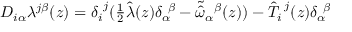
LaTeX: D _ { i \alpha } \lambda ^ { j \beta } ( z ) = \delta _ { i } ^ { ~ j } ( \textstyle { \frac { 1 } { 2 } } \hat { \lambda } ( z ) \delta _ { \alpha } ^ { ~ \beta } - \tilde { \hat { \omega } } _ { \alpha } { } ^ { \beta } ( z ) ) - \hat { T } _ { i } ^ { ~ j } ( z ) \delta _ { \alpha } ^ { ~ \beta }